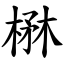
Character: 楙